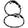
Digit: 8